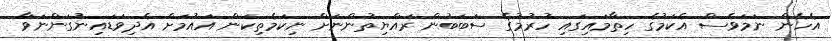
އެހެން ނަމަވެސް އެކަމުގެ ހިތާމައިގައި ހުރުމުގެ ސަބަބުން ރައްޔިތުންނަށް ނިކަމެތިކަން އައުމަށް އެދިވަޑައިނުގަންނަވާ